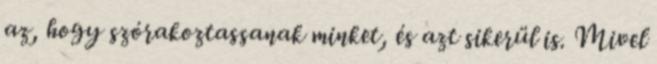
az, hogy szórakoztassanak minket, és azt sikerül is. Mivel